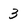
Character: 3